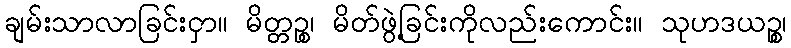
ချမ်းသာလာခြင်းငှာ။ မိတ္တဉ္စ၊ မိတ်ဖွဲ့ခြင်းကိုလည်းကောင်း။ သုဟဒယဉ္စ၊